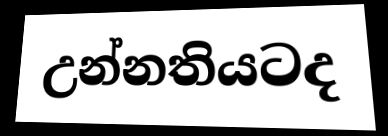
උන්නතියටද